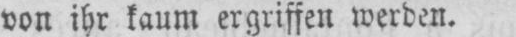
von ihr kaum ergriffen werden.